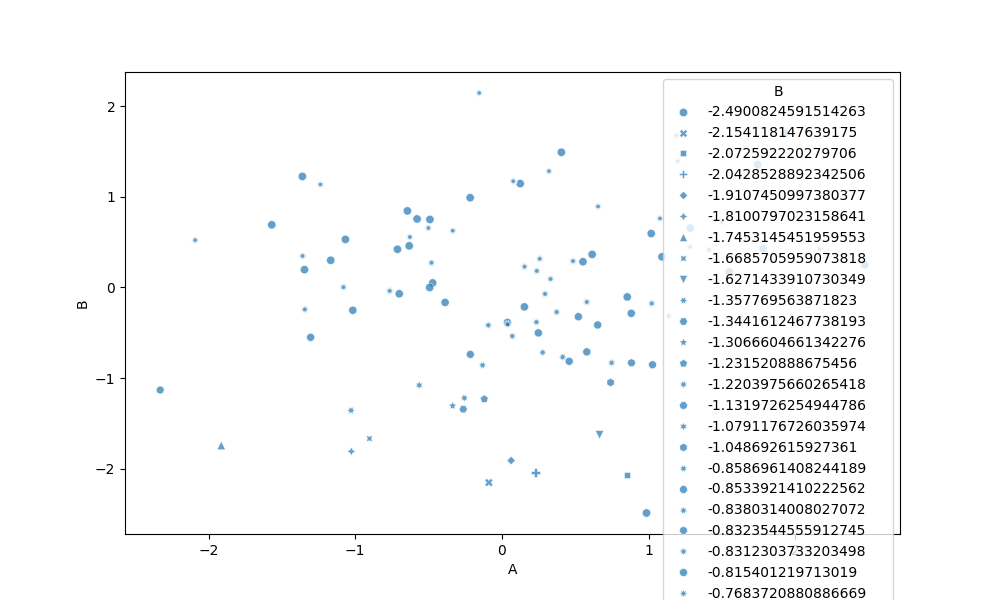
python, seaborn, scatterplot, hue='None', style='B', size='None', palette='deep', alpha=0.7